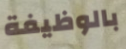
بالوظيفة